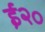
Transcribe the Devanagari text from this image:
ई२०